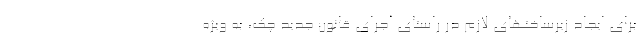
برای ایجاد زیرساختهای لازم در راستای اجرای قانون جدید چک، به ویژه